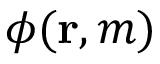
\phi ( { \mathbf { r } } , m )